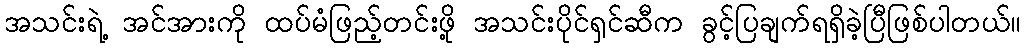
အသင်းရဲ့ အင်အားကို ထပ်မံဖြည့်တင်းဖို့ အသင်းပိုင်ရှင်ဆီက ခွင့်ပြချက်ရရှိခဲ့ပြီဖြစ်ပါတယ်။